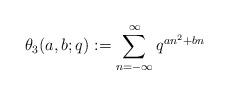
LaTeX: \begin{align*}\theta_3(a,b;q):=\sum^{\infty}_{n=-\infty}q^{an^2+bn}\end{align*}